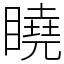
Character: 䁱